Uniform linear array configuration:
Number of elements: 64
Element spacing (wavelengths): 0.25
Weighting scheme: hann
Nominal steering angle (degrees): -15
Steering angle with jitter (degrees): -14.571
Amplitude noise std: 0.05
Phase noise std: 0.05

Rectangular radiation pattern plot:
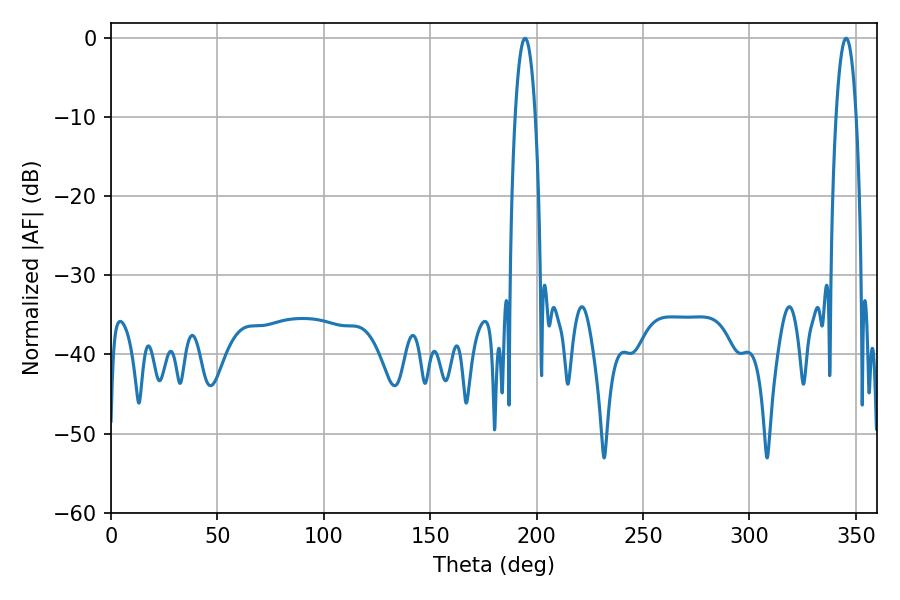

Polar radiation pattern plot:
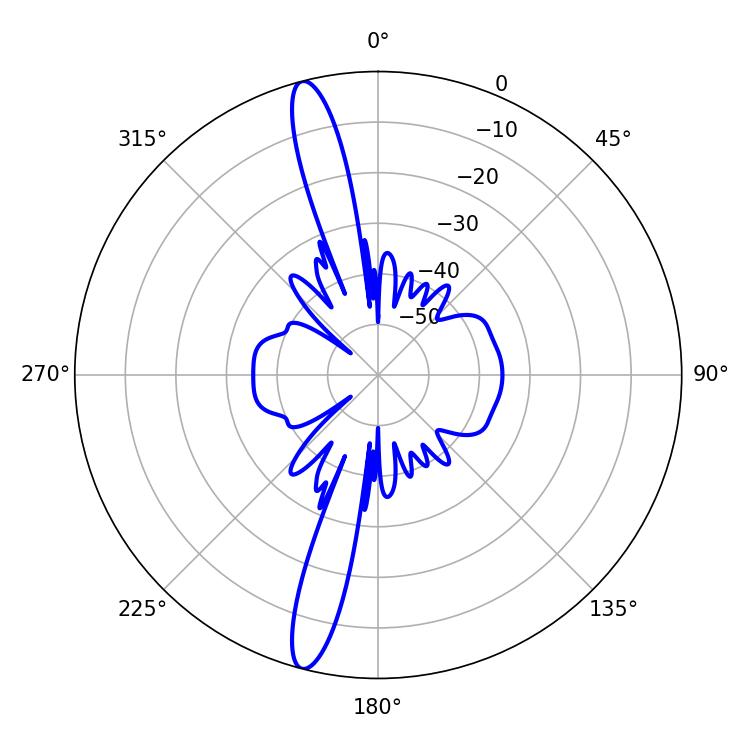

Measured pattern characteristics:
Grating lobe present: FALSE
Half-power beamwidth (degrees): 5.4
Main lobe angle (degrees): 194.58